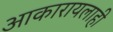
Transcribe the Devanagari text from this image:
आकारायलाही